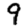
Digit: 9